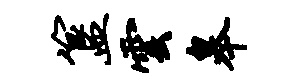
簋云皋